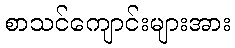
စာသင်ကျောင်းများအား